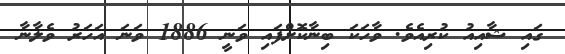
ގައި ޝާއިއު ކުރިއެވެ. ވާހަކަ ބިނާކޮށްފައި ވަނީ 1886 ވަނަ އަހަރު ވެލާނާ